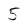
Character: 5